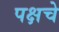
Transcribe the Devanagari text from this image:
पक्षचे